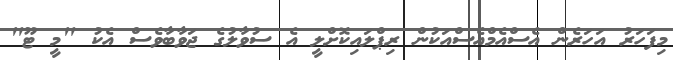
މިފަހަރު އަހަރެން އެސްއެމްއެސްއަކުން ރިޕްލައިކޮށްލީ އެ ސުވާލުގެ ޖަވާބާވެސް އެކު "މީ ޓޫ"